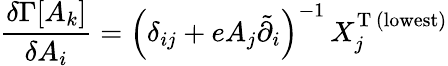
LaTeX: \frac{\delta\Gamma[A_{k}]}{\delta A_{i}}=\left(\delta_{ij}+eA_{j}\tilde{\partial}_{i}\right)^{-1}\, X_{j}^{\mathrm{T}\, \mathrm{(lowest)}}